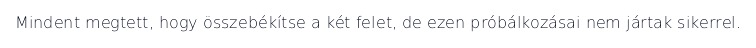
Mindent megtett, hogy összebékítse a két felet, de ezen próbálkozásai nem jártak sikerrel.